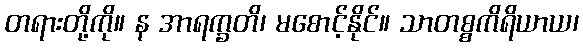
တရားတို့ကို။ န အာရက္ခတိ၊ မစောင့်နိုင်။ သာတစ္စကိရိယာယ၊